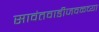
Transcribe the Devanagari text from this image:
सावंतवाडीजवळच्या